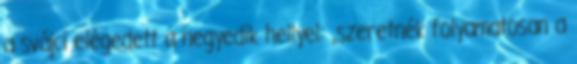
a svájci elégedett a negyedik hellyel: „szeretnék folyamatosan a